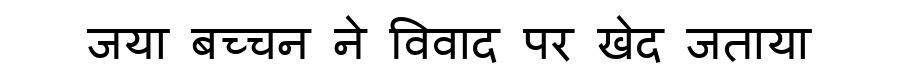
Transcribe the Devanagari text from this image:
जया बच्चन ने विवाद पर खेद जताया